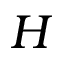
H